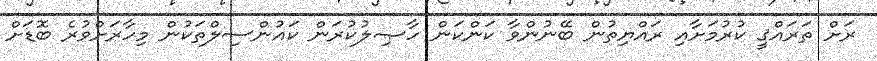
ރަށް ތަރައްޤީ ކުރުމަށާއި ރައްޔިތުން ބޭނުންވާ ކަންކަން ހާޞިލުކުރަން ކައުންސިލްތަކުން މިހާރަށްވުރެ ބޮޑަށް